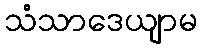
သံသာဒေယျာမ